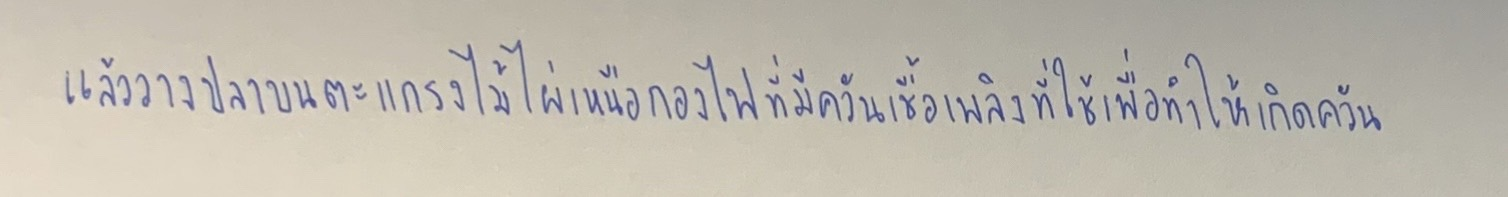
แล้ววางปลาบนตะแกรงไม้ไผ่เหนือกองไฟที่มีควันเชื้อเพลิงที่ใช้เพื่อทำให้เกิดควัน